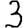
Digit: 3